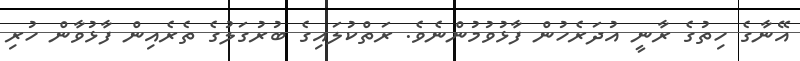
އޭނާގެ ހިތުގެ ރާނީ އުދަރެހުން ފާޅުވުމުންނެވެ. ރަތްކުލައިގެ ބުރުގަލުގެ ތެރެއިން ފާޅުވާން ހުރި